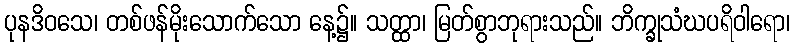
ပုနဒိဝသေ၊ တစ်ဖန်မိုးသောက်သော နေ့၌။ သတ္ထာ၊ မြတ်စွာဘုရားသည်။ ဘိက္ခုသံဃပရိဝါရော၊